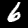
Digit: 6